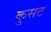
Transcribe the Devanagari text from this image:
कुसट